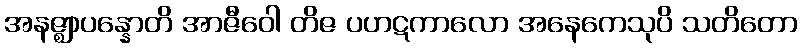
အနဇ္ဈာပန္နောတိ အာဇီဝေါ တိဇ ပဟဋကာလော အနေကေသုပိ သတိတော